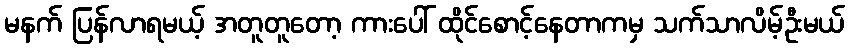
မနက် ပြန်လာရမယ့် အတူတူတော့ ကားပေါ် ထိုင်စောင့်နေတာကမှ သက်သာလိမ့်ဦးမယ်